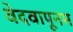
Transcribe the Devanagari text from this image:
वेदवापूनम